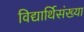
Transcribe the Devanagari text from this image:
विद्यार्थिसंख्या